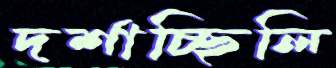
দর্শাচ্ছিলি